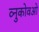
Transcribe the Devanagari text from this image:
व्नुकोवओ